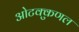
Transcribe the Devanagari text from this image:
ओटक्कुणल